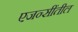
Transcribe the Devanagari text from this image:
एजन्सींतील